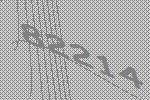
82214